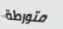
متورطة